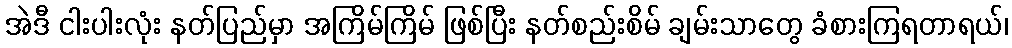
အဲဒီ ငါးပါးလုံး နတ်ပြည်မှာ အကြိမ်ကြိမ် ဖြစ်ပြီး နတ်စည်းစိမ် ချမ်းသာတွေ ခံစားကြရတာရယ်၊